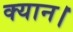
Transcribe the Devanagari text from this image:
क्यान।